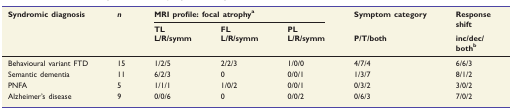
| <ROWSPAN=3> Syndromic diagnosis | <ROWSPAN=3> n | <COLSPAN=3> MRI profile: focal atrophya | <ROWSPAN=2> Symptom category | <ROWSPAN=2> Response shift |
 | TL | FL | PL |
 | L/R/symm | L/R/symm | L/R/symm | P/T/both | inc/dec/bothb |
 | --- | --- | --- | --- | --- | --- | --- |
 | Behavioural variant FTD | 15 | 1/2/5 | 2/2/3 | 1/0/0 | 4/7/4 | 6/6/3 |
 | Semantic dementia | 11 | 6/2/3 | 0 | 0/0/1 | 1/3/7 | 8/1/2 |
 | PNFA | 5 | 1/1/1 | 1/0/2 | 0/0/1 | 0/3/2 | 3/0/2 |
 | Alzheimer’s disease | 9 | 0/0/6 | 0 | 0/0/2 | 0/6/3 | 7/0/2 |